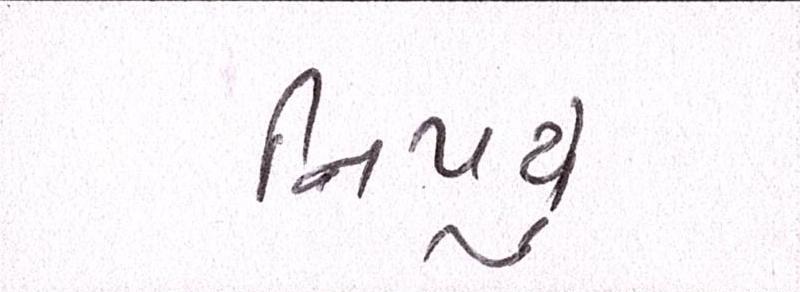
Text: નિપયું